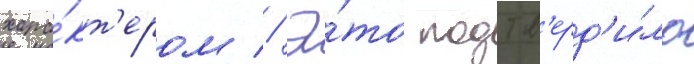
хара́кт'ером // Э́то подтв'ерд'и́ло